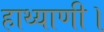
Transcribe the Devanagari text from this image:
हाथ्याणी।